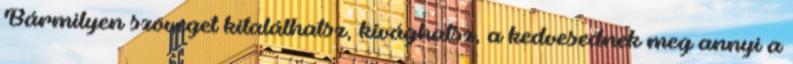
Bármilyen szöveget kitalálhatsz, kivághatsz, a kedvesednek meg annyi a